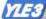
YLE3